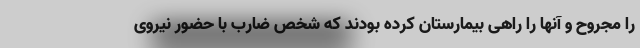
را مجروح و آنها را راهی بیمارستان کرده بودند که شخص ضارب با حضور نیروی